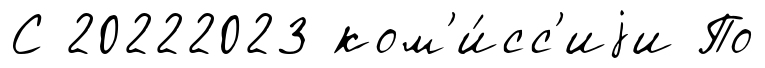
С 20222023 ком'и́сс'иjи По